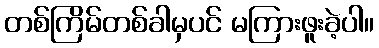
တစ်ကြိမ်တစ်ခါမှပင် မကြားဖူးခဲ့ပါ။